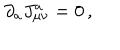
LaTeX: \partial _ { a } J _ { \mu \nu } ^ { a } = 0 \, ,